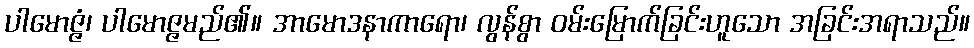
ပါမောဇ္ဇံ၊ ပါမောဇ္ဇမည်၏။ အာမောဒနာကာရော၊ လွန်စွာ ဝမ်းမြောက်ခြင်းဟူသော အခြင်းအရာသည်။